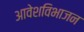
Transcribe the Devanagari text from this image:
आवेशविभाजन